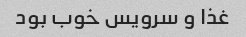
غذا و سرویس خوب بود